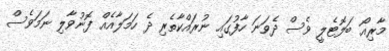
މާރިއޯ ބަލޮޓެލީ ވެސް ދެވަނަ ހާފުގައި ނުރައްކާތެރި ދެ ހަމަލާއެއް ފޮނުވާލި ނަމަވެސް